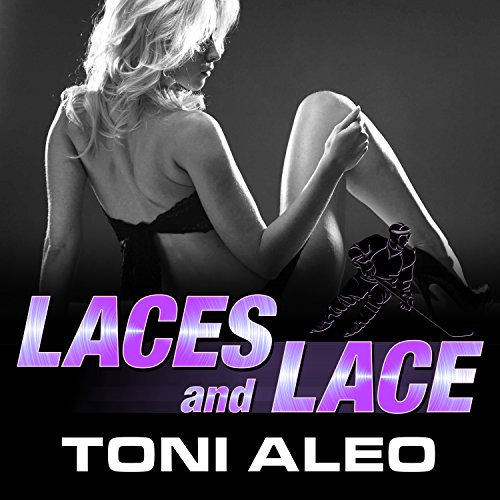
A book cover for Laces and Lace: Assassins, Book 6; Toni Aleo; Romance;